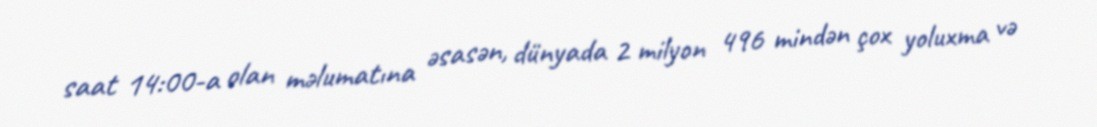
saat 14:00-a olan məlumatına əsasən, dünyada 2 milyon 496 mindən çox yoluxma və